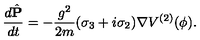
\frac { d \hat { { \mathbf P } } } { d t } = - \frac { g ^ { 2 } } { 2 m } ( \sigma _ { 3 } + i \sigma _ { 2 } ) { \mathbf \nabla } V ^ { ( 2 ) } ( \phi ) .